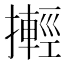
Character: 𢷰